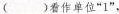
()看作单位”1”，